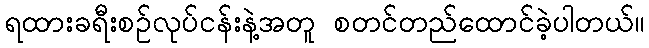
ရထားခရီးစဉ်လုပ်ငန်းနဲ့အတူ စတင်တည်ထောင်ခဲ့ပါတယ်။